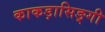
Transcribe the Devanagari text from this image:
काकड़ासिङ्गी